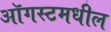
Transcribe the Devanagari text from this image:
ऑगस्टमधील